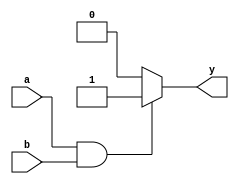
`timescale 1ns / 1ps
//////////////////////////////////////////////////////////////////////////////////
// Company: 
// Engineer: 
// 
// Design Name: 
// Module Name: AND_gate
// Project Name: 
// Target Devices: 
// Tool Versions: 
// Description: 
// 
// Dependencies: 
// 
// Revision:
// Revision 0.01 - File Created
// Additional Comments:
// 
//////////////////////////////////////////////////////////////////////////////////
module AND_gate(
    input a, b,
    output reg y
    );
always @ (a or b) 
    begin
        if(a == 1'b1 && b == 1'b1) begin
            y = 1'b1;    
        end
        else
            y = 1'b0;
    end    
endmodule